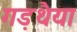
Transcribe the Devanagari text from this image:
गड़थैया